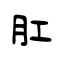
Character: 肛